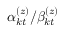
\alpha _ { k t } ^ { ( z ) } / \beta _ { k t } ^ { ( z ) }